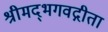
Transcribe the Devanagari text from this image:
श्रीमद्‌भगवद्गीता